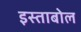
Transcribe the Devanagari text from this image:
इस्ताबोल